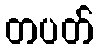
တပတ်